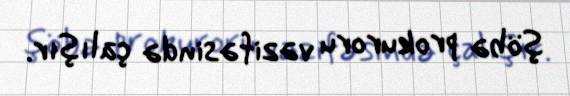
şöbə prokuroru vəzifəsində çalışır.